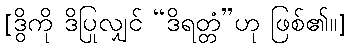
[ဒွိကို ဒိပြုလျှင် “ဒိရတ္တံ”ဟု ဖြစ်၏။]